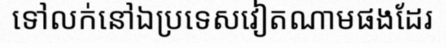
ទៅលក់នៅឯប្រទេសវៀតណាមផងដែរ